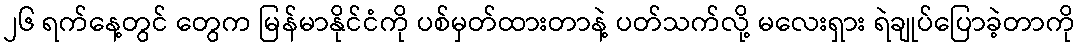
၂၆ ရက်နေ့တွင် တွေက မြန်မာနိုင်ငံကို ပစ်မှတ်ထားတာနဲ့ ပတ်သက်လို့ မလေးရှား ရဲချုပ်ပြောခဲ့တာကို